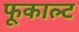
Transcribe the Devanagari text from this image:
फूकाल्ट